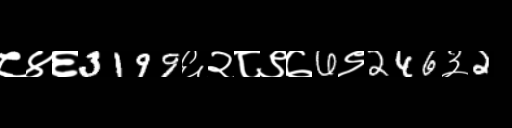
Text: ८४६3199६२८९७6९246३2